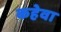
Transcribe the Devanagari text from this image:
कहेवा